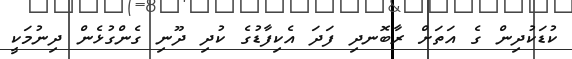
ކުޑަކުދިން ގެ އަތަށް ރާބޮނދި ފަދަ އެކިފާޑުގެ ކުދި ދޫނި ގެންގުޅެން ދިނުމަކީ